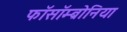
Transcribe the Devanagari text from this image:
फॉसॉम्ब्रोनिया